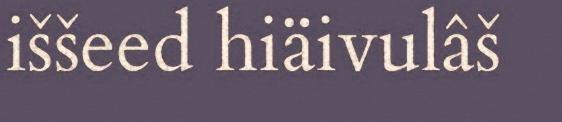
iššeed hiäivulâš